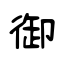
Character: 御